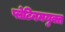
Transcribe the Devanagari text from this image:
प्लेटिनमयुक्त